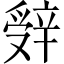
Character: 辤